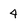
Character: 4